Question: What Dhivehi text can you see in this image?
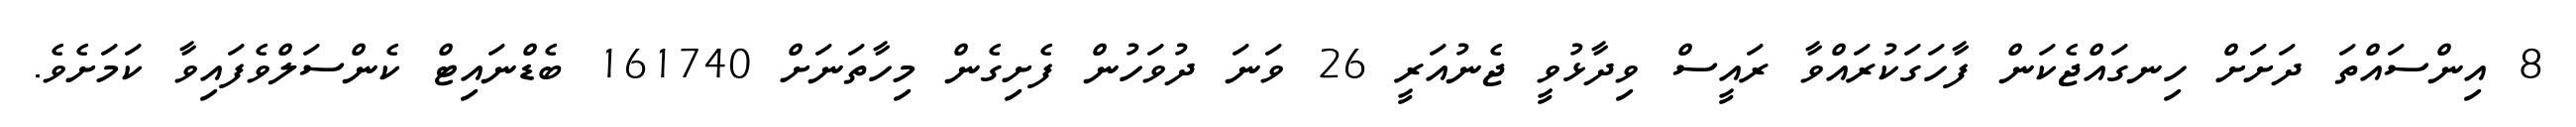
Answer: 8 އިންސައްތަ ދަށަށް ހިނގައްޖެކަން ފާހަގަކުރައްވާ ރައީސް ވިދާޅުވީ ޖެނުއަރީ 26 ވަނަ ދުވަހުން ފެށިގެން މިހާތަނަށް 161740 ބެޑްނައިޓް ކެންސަލްވެފައިވާ ކަމަށެވެ.